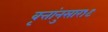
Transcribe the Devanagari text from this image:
वृत्तांनुसार१९